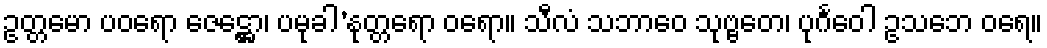
ဥတ္တမော ပဝရော ဇေဋ္ဌော၊ ပမုခါ’နုတ္တရော ဝရော။ သီလံ သဘာဝေ သုဗ္ဗတေ၊ ပုင်္ဂဝေါ ဥသဘေ ဝရေ။